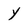
Character: Y